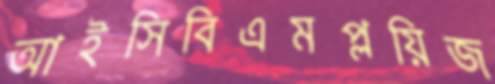
আইসিবিএমপ্লয়িজ